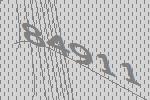
84911